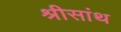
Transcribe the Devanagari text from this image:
श्रीसांथ